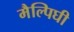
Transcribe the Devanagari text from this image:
मैल्पिघी